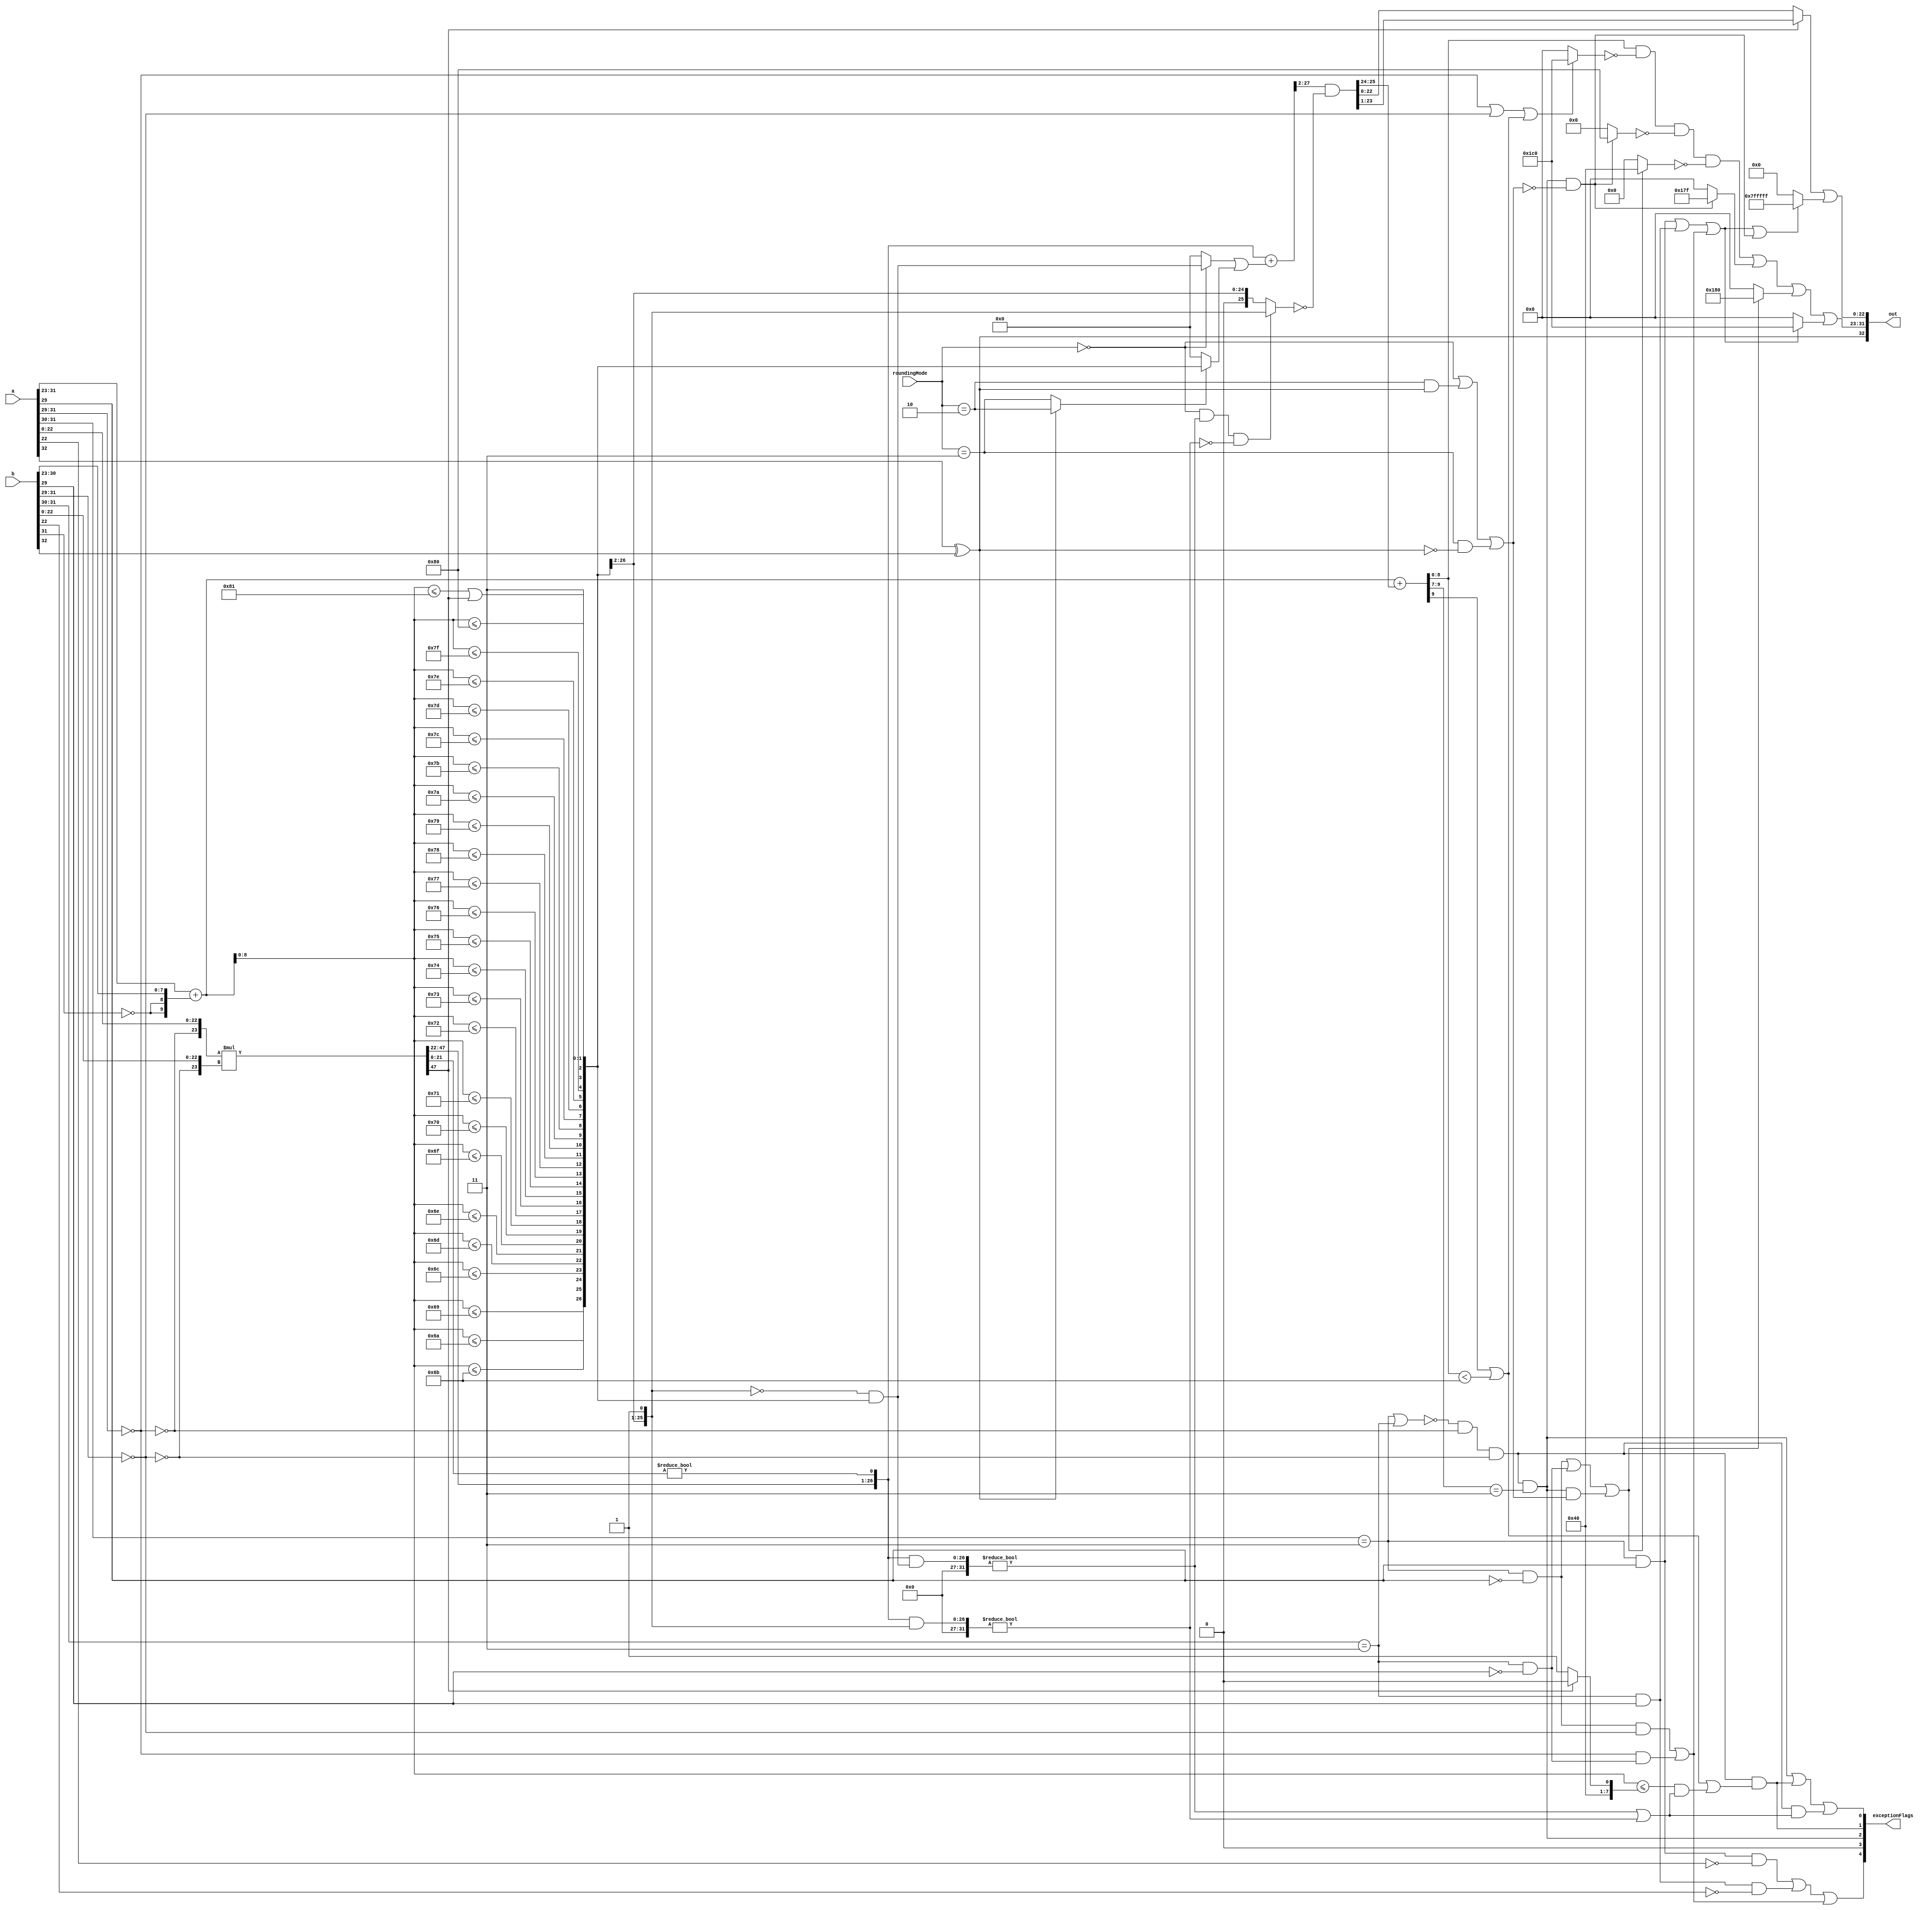

//*** THIS MODULE HAS NOT BEEN FULLY OPTIMIZED.

`define round_nearest_even 2'b00
`define round_minMag       2'b01
`define round_min          2'b10
`define round_max          2'b11

module mulRecodedFloat32( a, b, roundingMode, out, exceptionFlags );

    input  [32:0] a, b;
    input  [1:0]  roundingMode;
    output [32:0] out;
    output [4:0]  exceptionFlags;

    /*------------------------------------------------------------------------
    *------------------------------------------------------------------------*/
    wire        signA;
    wire [8:0]  expA;
    wire [22:0] fractA;
    wire        isZeroA, isSpecialA, isInfA, isNaNA, isSigNaNA;
    wire [23:0] sigA;
    wire        signB;
    wire [8:0]  expB;
    wire [22:0] fractB;
    wire        isZeroB, isSpecialB, isInfB, isNaNB, isSigNaNB;
    wire [23:0] sigB;
    wire        roundingMode_nearest_even, roundingMode_minMag;
    wire        roundingMode_min, roundingMode_max;

    wire        signOut;
    wire [9:0]  sSumExps;
    wire [8:0]  notNeg_sumExps;
    wire [47:0] sigProd;
    wire        prodShift1;
    wire [26:0] sigProdX;
    wire [26:0] roundMask, roundPosMask, roundIncr;
    wire [27:0] roundSigProdX;
    wire        roundPosBit, anyRoundExtra, roundInexact, roundEven;
    wire [25:0] sigProdY;
    wire [9:0]  sExpY;
    wire [8:0]  expY;
    wire [22:0] fractY;
    wire        overflowY, totalUnderflowY, underflowY, inexactY;
    wire        overflowY_roundMagUp;

    wire        mulSpecial, commonCase;
    wire        common_invalid, invalid, overflow, underflow, inexact;
    wire        notSpecial_isZeroOut, isSatOut, notNaN_isInfOut, isNaNOut;
    wire [8:0]  expOut;
    wire [22:0] fractOut;
    wire [32:0] out;
    wire [4:0]  exceptionFlags;

    /*------------------------------------------------------------------------
    *------------------------------------------------------------------------*/
    assign signA  = a[32];
    assign expA   = a[31:23];
    assign fractA = a[22:0];
    assign isZeroA = ( expA[8:6] == 3'b000 );
    assign isSpecialA = ( expA[8:7] == 2'b11 );
    assign isInfA = isSpecialA & ~ expA[6];
    assign isNaNA = isSpecialA &   expA[6];
    assign isSigNaNA = isNaNA & ~ fractA[22];
    assign sigA = {~ isZeroA, fractA};

    assign signB  = b[32];
    assign expB   = b[31:23];
    assign fractB = b[22:0];
    assign isZeroB = ( expB[8:6] == 3'b000 );
    assign isSpecialB = ( expB[8:7] == 2'b11 );
    assign isInfB = isSpecialB & ~ expB[6];
    assign isNaNB = isSpecialB &   expB[6];
    assign isSigNaNB = isNaNB & ~ fractB[22];
    assign sigB = {~ isZeroB, fractB};

    assign roundingMode_nearest_even = ( roundingMode == `round_nearest_even );
    assign roundingMode_minMag       = ( roundingMode == `round_minMag       );
    assign roundingMode_min          = ( roundingMode == `round_min          );
    assign roundingMode_max          = ( roundingMode == `round_max          );

    /*------------------------------------------------------------------------
    *------------------------------------------------------------------------*/
    assign signOut = signA ^ signB;

    assign sSumExps = expA + {{2{~ expB[8]}}, expB[7:0]};
    assign notNeg_sumExps = sSumExps[8:0];
    assign sigProd = sigA * sigB;
    assign prodShift1 = sigProd[47];
    assign sigProdX = {sigProd[47:22], ( sigProd[21:0] != 0 )};

//*** FIRST TWO BITS NEEDED?
    assign roundMask =
//*** OPTIMIZE.
        {( notNeg_sumExps <= 9'b001101001 ),
         ( notNeg_sumExps <= 9'b001101010 ),
         ( notNeg_sumExps <= 9'b001101011 ),
         ( notNeg_sumExps <= 9'b001101100 ),
         ( notNeg_sumExps <= 9'b001101101 ),
         ( notNeg_sumExps <= 9'b001101110 ),
         ( notNeg_sumExps <= 9'b001101111 ),
         ( notNeg_sumExps <= 9'b001110000 ),
         ( notNeg_sumExps <= 9'b001110001 ),
         ( notNeg_sumExps <= 9'b001110010 ),
         ( notNeg_sumExps <= 9'b001110011 ),
         ( notNeg_sumExps <= 9'b001110100 ),
         ( notNeg_sumExps <= 9'b001110101 ),
         ( notNeg_sumExps <= 9'b001110110 ),
         ( notNeg_sumExps <= 9'b001110111 ),
         ( notNeg_sumExps <= 9'b001111000 ),
         ( notNeg_sumExps <= 9'b001111001 ),
         ( notNeg_sumExps <= 9'b001111010 ),
         ( notNeg_sumExps <= 9'b001111011 ),
         ( notNeg_sumExps <= 9'b001111100 ),
         ( notNeg_sumExps <= 9'b001111101 ),
         ( notNeg_sumExps <= 9'b001111110 ),
         ( notNeg_sumExps <= 9'b001111111 ),
         ( notNeg_sumExps <= 9'b010000000 ),
         ( notNeg_sumExps <= 9'b010000001 ) | prodShift1,
         2'b11};
    assign roundPosMask = ~ {1'b0, roundMask>>1} & roundMask;
    assign roundIncr =
          ( roundingMode_nearest_even ? roundPosMask : 0 )
        | ( ( signOut ? roundingMode_min : roundingMode_max ) ? roundMask
                : 0 );
    assign roundSigProdX = sigProdX + {1'b0, roundIncr};
    assign roundPosBit = ( ( sigProdX & roundPosMask ) != 0 );
    assign anyRoundExtra = ( ( sigProdX & roundMask>>1 ) != 0 );
    assign roundInexact = roundPosBit | anyRoundExtra;
    assign roundEven =
        roundingMode_nearest_even & roundPosBit & ! anyRoundExtra;
    assign sigProdY =
        roundSigProdX>>2 & ~ ( roundEven ? roundMask>>1 : roundMask>>2 );
//*** COMPOUND ADD FOR `sSumExps'?
    assign sExpY = sSumExps + sigProdY[25:24];
    assign expY = sExpY[8:0];
    assign fractY = prodShift1 ? sigProdY[23:1] : sigProdY[22:0];

    assign overflowY = ( sExpY[9:7] == 3'b011 );
//*** CHANGE TO USE `sSumExps'/`notNeg_sumExps'?
    assign totalUnderflowY = sExpY[9] | ( sExpY[8:0] < 9'b001101011 );
    assign underflowY =
//*** REPLACE?:
        totalUnderflowY
//*** USE EARLIER BITS FROM `roundMask'?
            | ( ( notNeg_sumExps
                      <= ( prodShift1 ? 9'b010000000 : 9'b010000001 ) )
                    & roundInexact );
    assign inexactY = roundInexact;

    assign overflowY_roundMagUp =
        roundingMode_nearest_even | ( roundingMode_min & signOut )
            | ( roundingMode_max & ~ signOut );

    /*------------------------------------------------------------------------
    *------------------------------------------------------------------------*/
    assign mulSpecial = isSpecialA | isSpecialB;
    assign commonCase = ~ mulSpecial & ~ isZeroA & ~ isZeroB;

    assign common_invalid = ( isInfA & isZeroB ) | ( isZeroA & isInfB );
    assign invalid = isSigNaNA | isSigNaNB | common_invalid;
    assign overflow = commonCase & overflowY;
    assign underflow = commonCase & underflowY;
//*** SPEED BY USING `commonCase & totalUnderflowY' INSTEAD OF `underflow'?
    assign inexact = overflow | underflow | ( commonCase & inexactY );

    assign notSpecial_isZeroOut = isZeroA | isZeroB | totalUnderflowY;
    assign isSatOut = overflow & ~ overflowY_roundMagUp;
    assign notNaN_isInfOut =
        isInfA | isInfB | ( overflow & overflowY_roundMagUp );
    assign isNaNOut = isNaNA | isNaNB | common_invalid;

    assign expOut =
        (   expY
          & ~ ( notSpecial_isZeroOut ? 9'b111000000 : 0 )
          & ~ ( isSatOut             ? 9'b010000000 : 0 )
          & ~ ( notNaN_isInfOut      ? 9'b001000000 : 0 )
        ) | ( isSatOut        ? 9'b101111111 : 0 )
          | ( notNaN_isInfOut ? 9'b110000000 : 0 )
          | ( isNaNOut        ? 9'b111000000 : 0 );
    assign fractOut = fractY | ( isNaNOut | isSatOut ? 23'h7FFFFF : 0 );
    assign out = {signOut, expOut, fractOut};

    assign exceptionFlags = {invalid, 1'b0, overflow, underflow, inexact};

endmodule